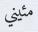
مئيني